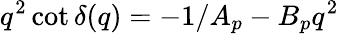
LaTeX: q^{2}\cot\delta(q)=-1/A_{p}-B_{p}q^{2}